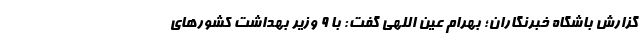
گزارش باشگاه خبرنگاران؛ بهرام عین اللهی گفت: با ۹ وزیر بهداشت کشور‌های